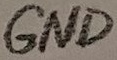
Text: GND